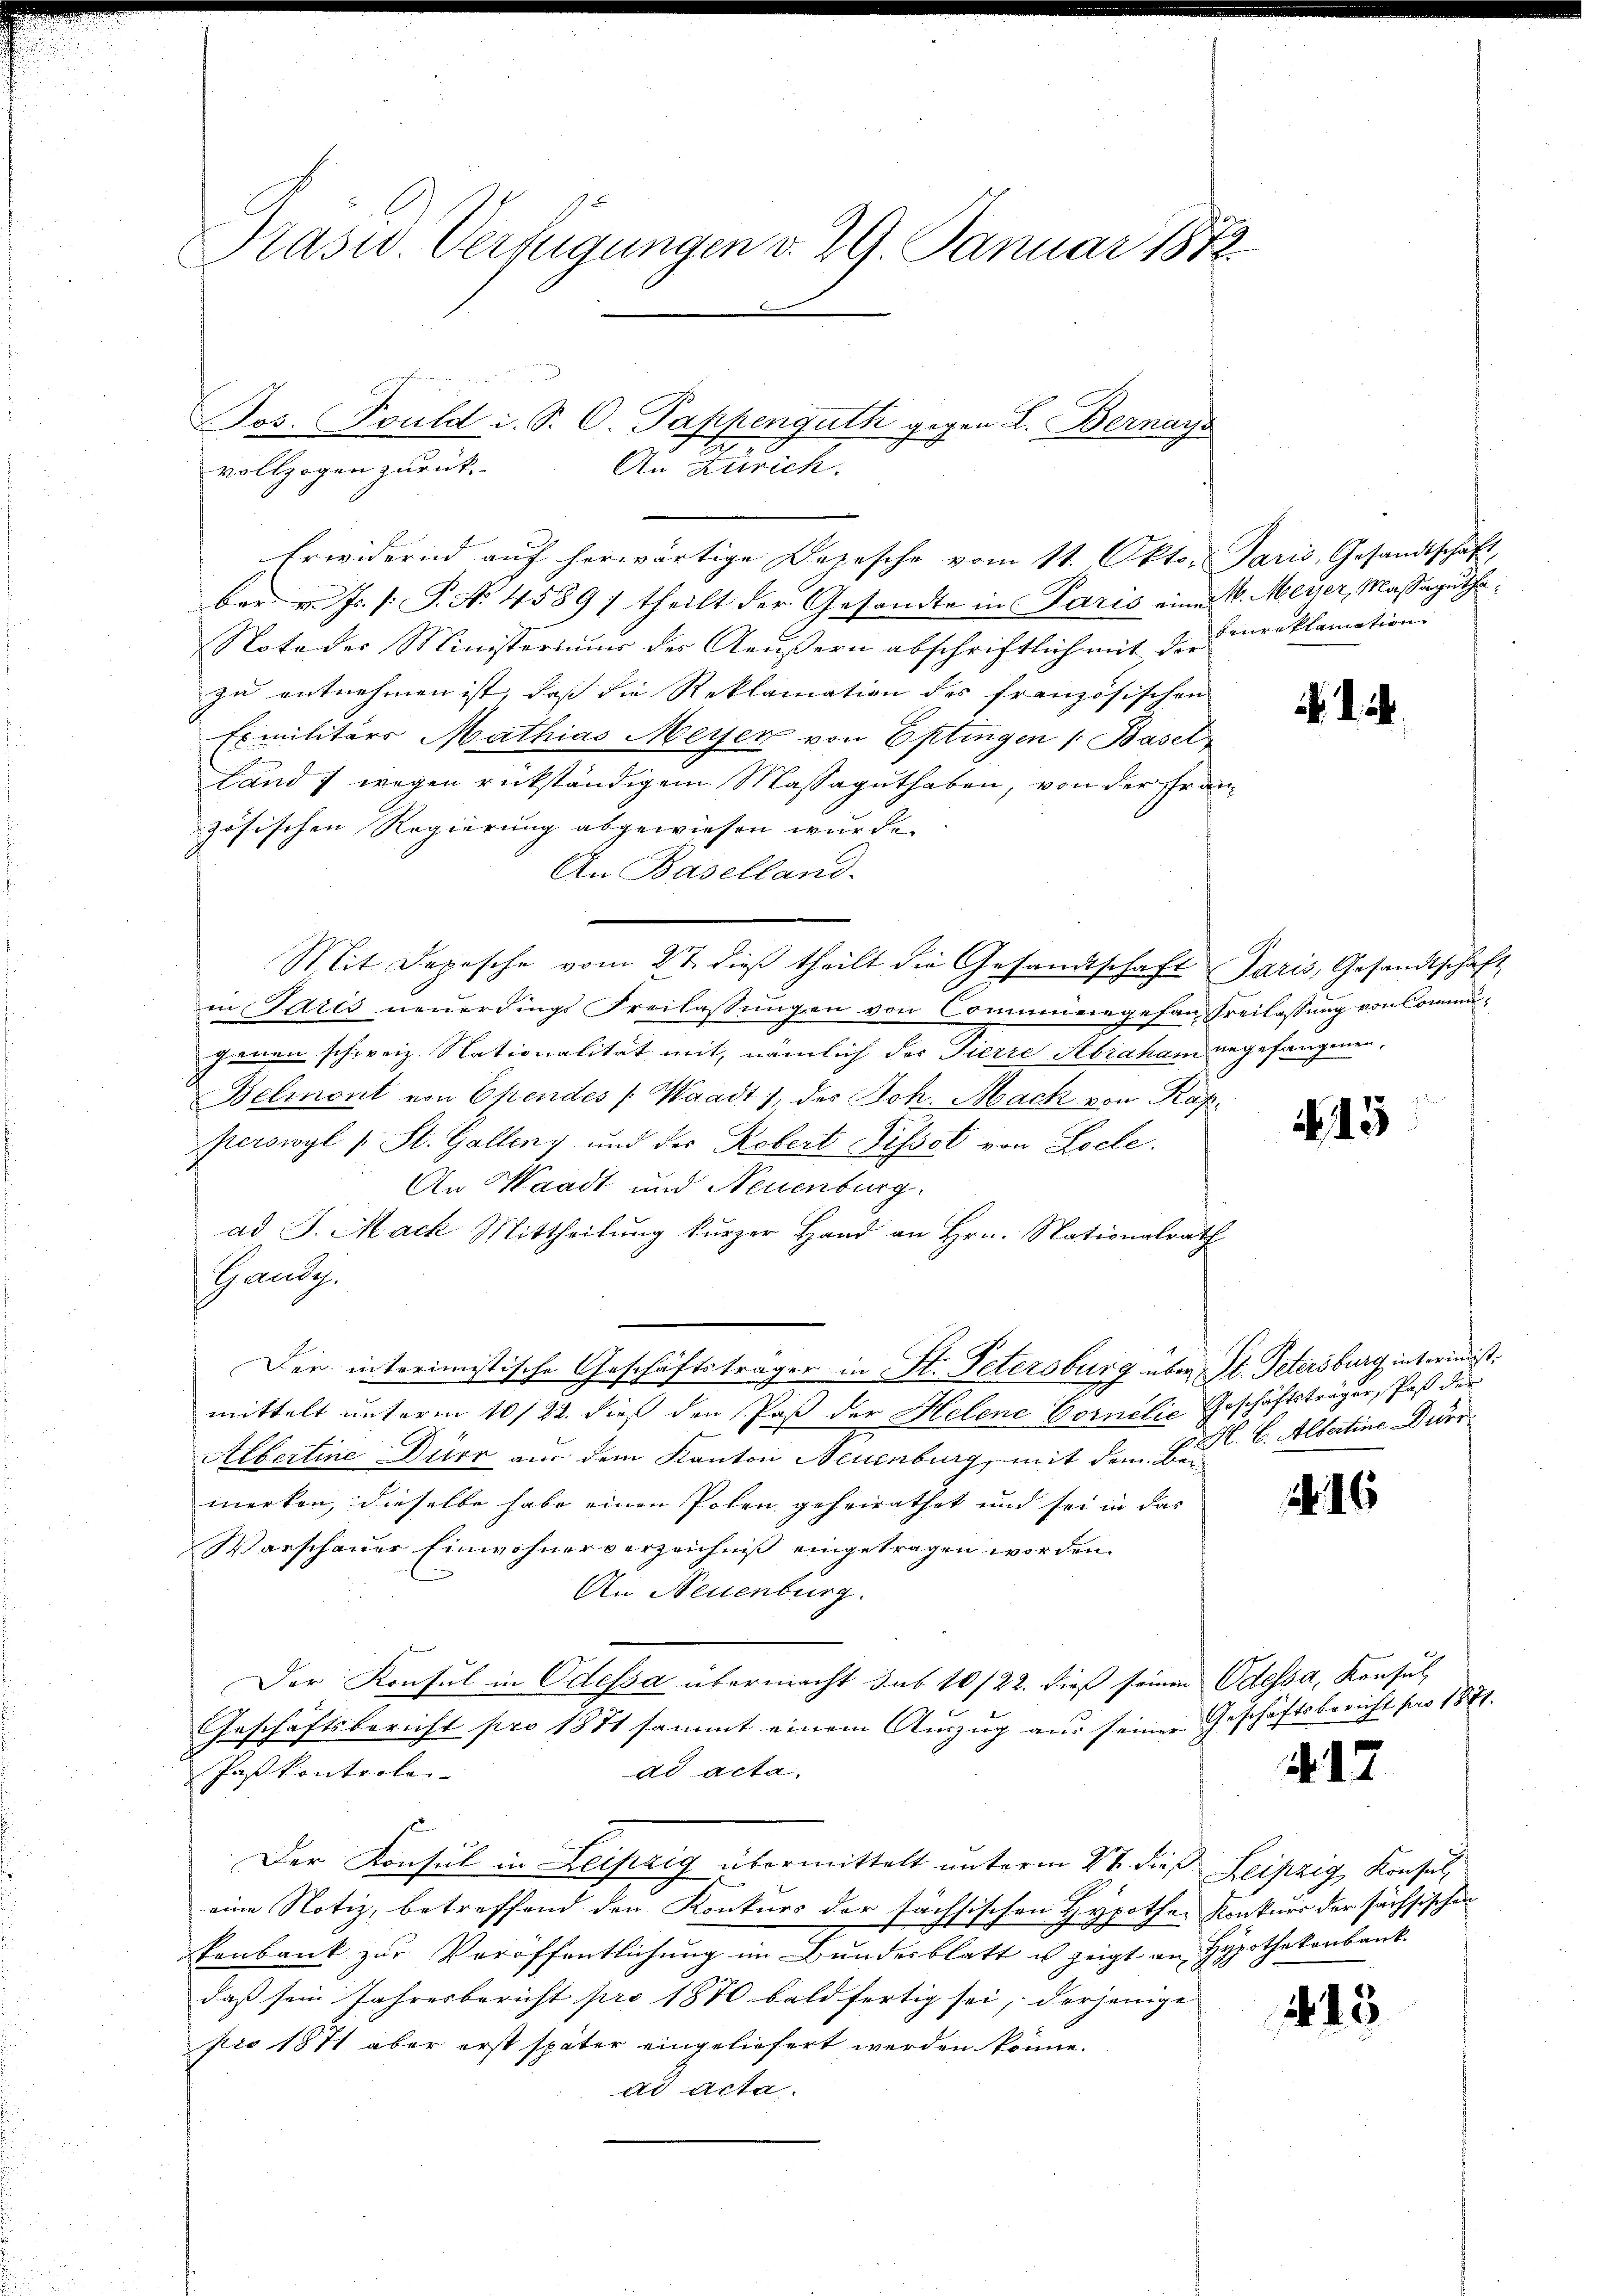
Prasw. Verfügungen v. 29. Januar 1872

Jos. (Fould i. S. C. Pappenguth gegen L. Bernays
vollzogen zurück
An Zürich.

Erwidernd aŭf herwärtige Depesche vom 11. Okto. Paris, Gesandtschaft,
ber v. Js. [: P. No 4589) theilt der Gesandte in Paris einer v. Meyer, Massagutha
Note der Ministeriums der Aeußern abschriftlich mit der
zu entnehmen ist, dass die Reklamation des französischen
Exmilitärs Mathias Meyer von Eptingen /: Basel
Land wegen rückständigem Massaguthaben, von der Fra
zösischen Regierung abgewiesen wurde.
An Baselland.
Mit Depesche vom 2t dieβ theilt die Gesandtschaft Paris, Gesandtschaft
en Paris neŭerdings Freilassŭngen von Commengefan Freilassung von Commujenen schweiz. Stationalität mit, nämlich der Tierre Abraham
Belmont von Efendes (Waadt 1, des Joh. Mach von Kaf
perswyl v. St. Gallenz und der Rebert Pissot von Loche.
An Waadt und Neuenburg.
ad J. Mack Mittheilung kurzer Hand an Hrn. Nationalrath
Gande.
Der interimistische Geschäftsträger in St. Petersburg über St. Petersburg interimist.
mittelt unterm 10/22. dieß den Paß der Helene Cornilie Geschäftsträger, Paß der
Albertine Dürr aus dem Kanton Neuenburg, mit dem Bei
merken, dieselbe habe einen Polen geheirathet und sei in das
Warschauer Einwohnerverzeichniß eingetragen worden.
An Neuenburg.
Der Konsul in Odessa übermacht sub 10/22. dieß seinen Odessa, Konsul
Geschäftsbericht pro 1871 sammt einem Auszug aus seiner Geschäftsbericht pro 1881.
Paskontroler
ad acta.
Der Konsul in Leipzig übermittelt unterm 2t dieß Leipzig Konsul
eine Notiz, betreffend den Konkurs der sächsischen Hypother Konkurs der sächsischen
kenbank zur Veröffentlichung im Bundesblatt u zeigt an Hypothekenbank.
daß sein Jahresbericht pro 1870 bald fertig sei, derjenige
pro 1871 aber erst später eingeliefert werden könne.
ad acta.

benreklamation

.

angefangenen.

45

H. B. Albertine Durr

16

12

415